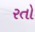
રતો